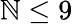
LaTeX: \mathbb{N}\le9